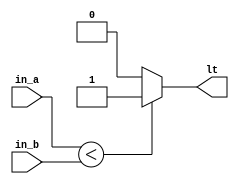
`timescale 1ns / 1ps

module COMP(
    input [3:0] in_a, in_b,
    output lt
    );

assign lt = (in_a<in_b) ? 1 : 0;

endmodule